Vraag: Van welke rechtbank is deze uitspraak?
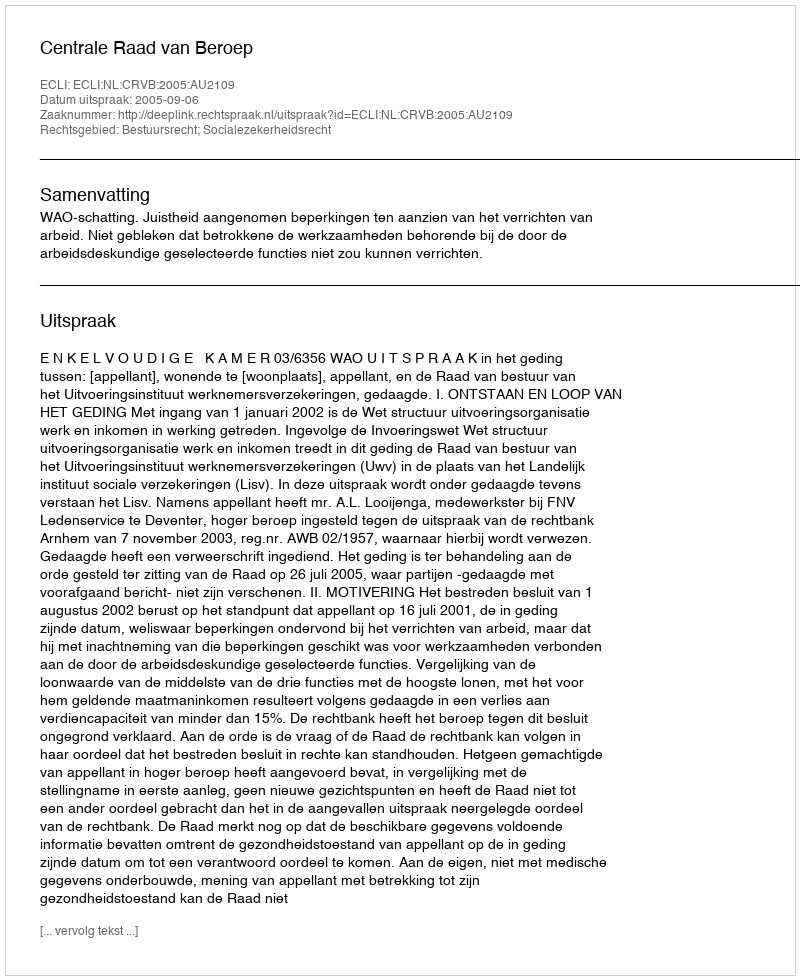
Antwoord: Centrale Raad van Beroep